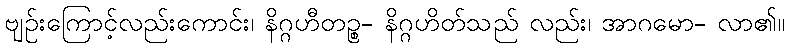
ဗျဉ်းကြောင့်လည်းကောင်း၊ နိဂ္ဂဟီတဉ္စ- နိဂ္ဂဟိတ်သည် လည်း၊ အာဂမော- လာ၏။